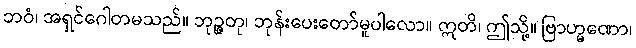
ဘဝံ၊ အရှင်ဂေါတမသည်။ ဘုဉ္ဇတု၊ ဘုန်းပေးတော်မူပါလော။ ဣတိ၊ ဤသို့။ ဗြာဟ္မဏော၊